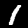
Digit: 1